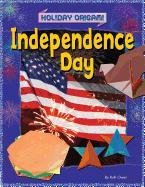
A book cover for Independence Day Origami (Holiday Origami); Ruth Owen; Children's Books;